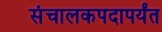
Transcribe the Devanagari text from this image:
संचालकपदापर्यंत